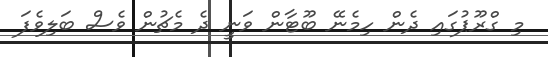
މި ގްރޫޕުގައި ދެން ހިމެނޭ ބޫޓާން ވަނީ ދެ މެޗުން ވެސް ބަލިވެފަ